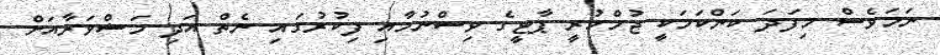
ނަމަވެސް މިފަދަ ކަންކަމަކީ ޖުމްހުރީ ޕާޓީގެ ވިސްނުމާއި ފިކުރުގައި ނެތް އަދި މަޝްވަރާއަށް